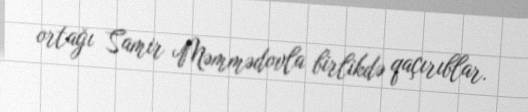
ortağı Samir Məmmədovla birlikdə qaçırıblar.